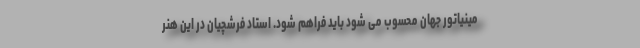
مینیاتور جهان محسوب می شود باید فراهم شود. استاد فرشچیان در این هنر